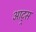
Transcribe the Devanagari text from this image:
आट्र्स